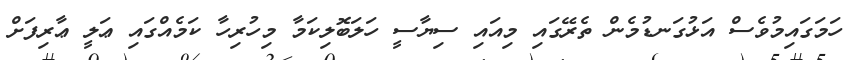
ހަމަގައިމުވެސް އަޅުގަނޑުމެން ތެރޭގައި މިއައި ސިޔާސީ ހަލަބޮލިކަމާ މިހުރިހާ ކަމެއްގައި ޢަލީ ޢާރިފަށް